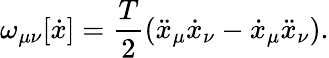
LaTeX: \omega_{\mu\nu}[\dot{x}]=\frac{T}{2}(\ddot{x}_{\mu}\dot{x}_{\nu}-\dot{x}_{\mu}\ddot{x}_{\nu}).